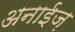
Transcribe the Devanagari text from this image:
अनाईज़